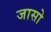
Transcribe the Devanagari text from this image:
जासो